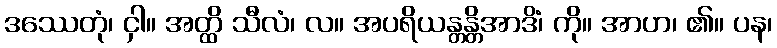
ဒဿေတုံ၊ ငှါ။ အတ္ထိ သီလံ၊ လ။ အပရိယန္တန္တိအာဒိံ၊ ကို။ အာဟ၊ ၏။ ပန၊